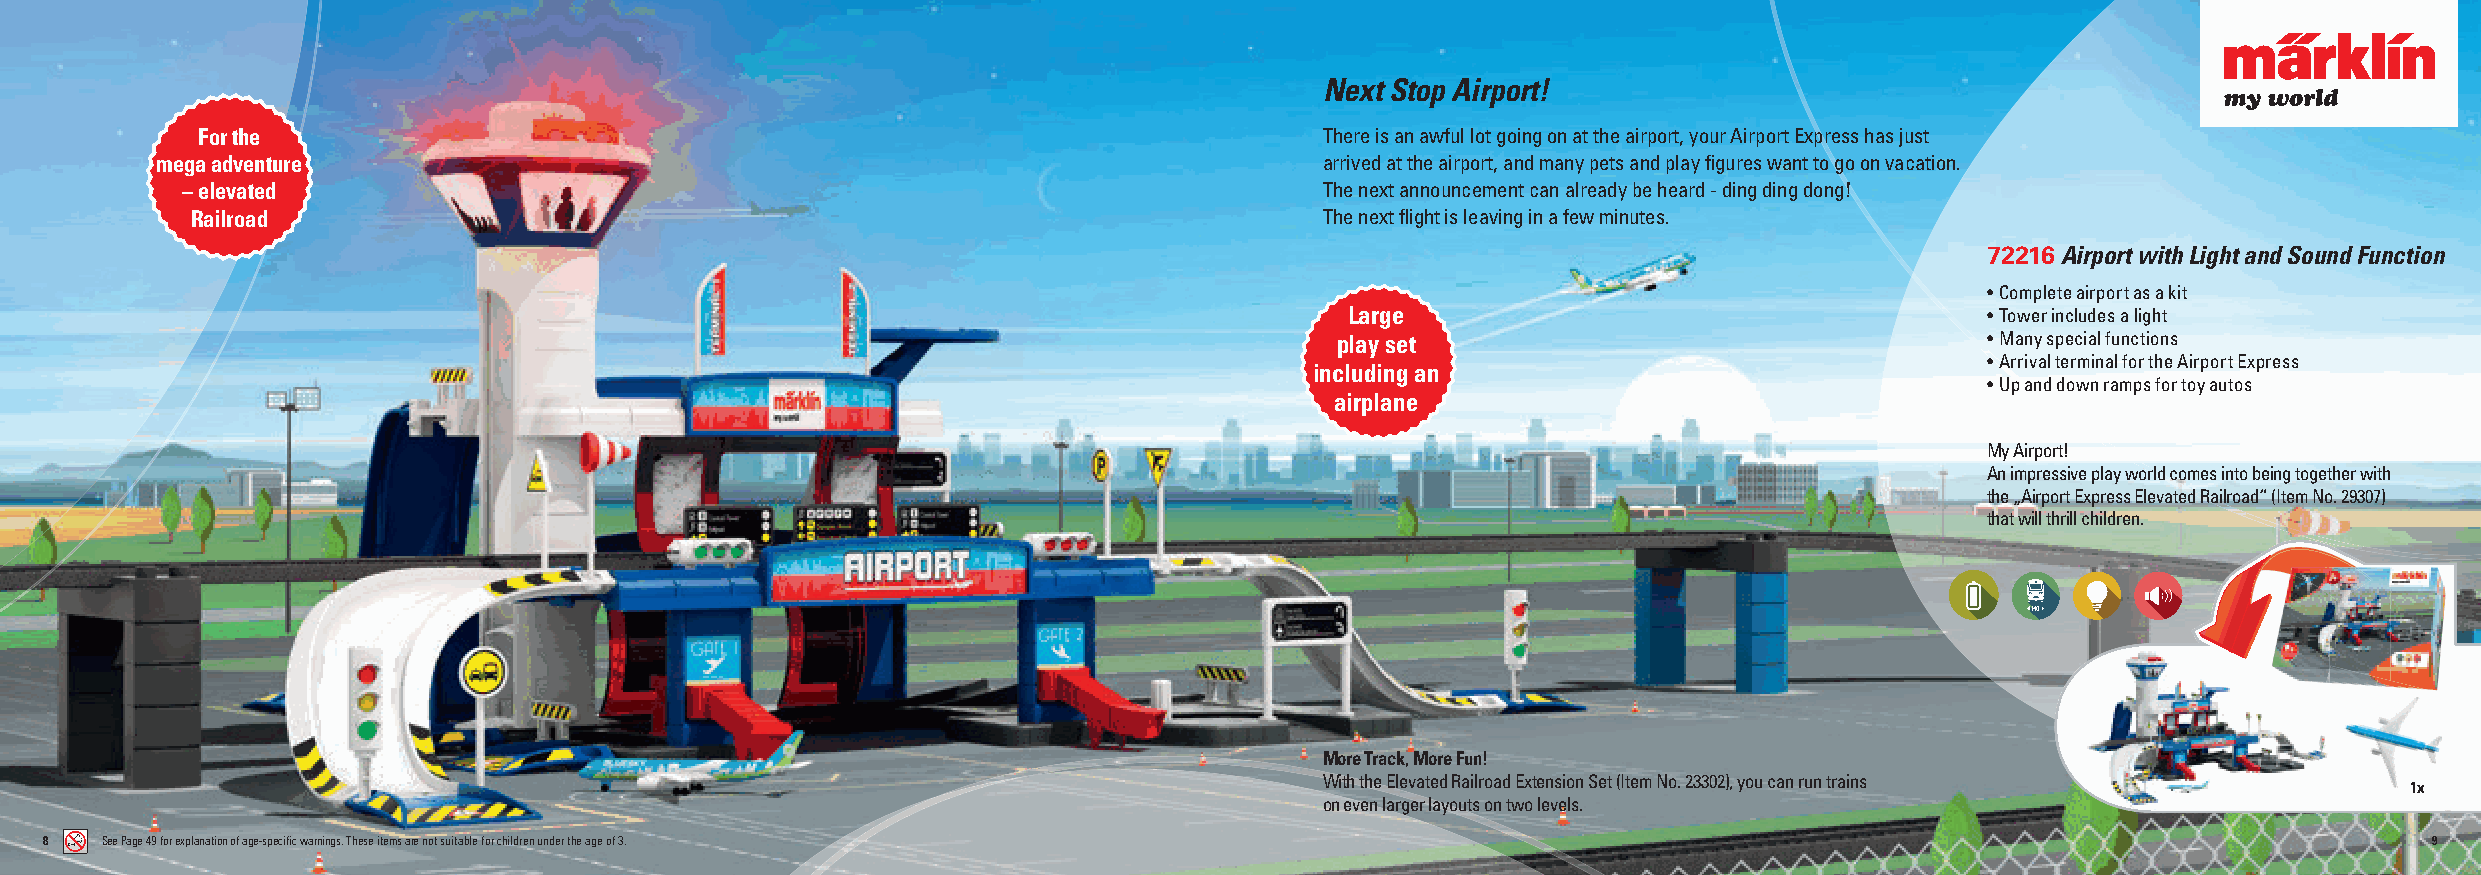
Next Stop Airport!
 For the                                                                    There is an awful lot going on at the airport, your Airport Express has just
 mega adventure                                                                arrived at the airport, and many pets and play fi gures want to go on vacation.
 – elevated                                                                  The next announcement can already be heard - ding ding dong!
 Railroad                                                                   The next fl ight is leaving in a few minutes.
 72216Airport with Light and Sound Function
 • Complete airport as a kit
 Large                                      • Tower includes a light
 play set                                    • Many special functions
 • Arrival terminal for the Airport Express
 including an
 • Up and down ramps for toy autos
 airplane
 My Airport!
 An impressive play world comes into being together with
 the „Airport Express Elevated Railroad“ (Item No. 29307)
 that will thrill children.
 More Track, More Fun!
 With the Elevated Railroad Extension Set (Item No. 23302), you can run trains
 1x
 on even larger layouts on two levels.
 8   See Page 49 for explanation of age-specifi c warnings. These items are not suitable for children under the age of 3.                                      9